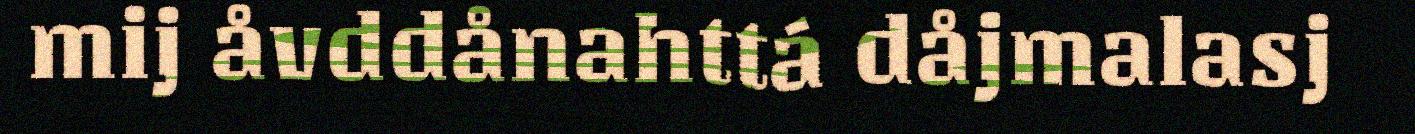
mij åvddånahttá dåjmalasj